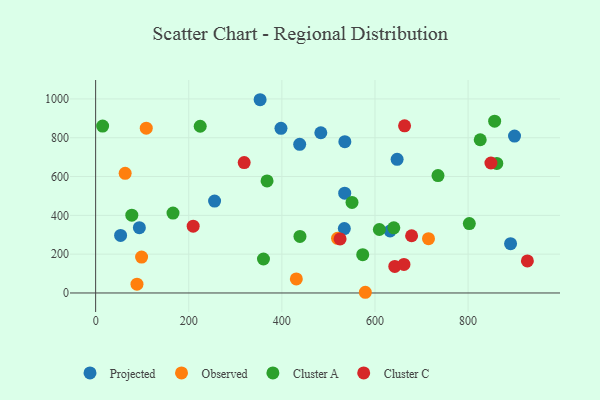
{"axis": {"x": "Experience", "y": "Salary"}, "legend": ["Cluster A", "Cluster C", "Observed", "Projected"], "data": [{"x": "535.0", "y": 514.1, "type": "Projected"}, {"x": "891.3", "y": 254.2, "type": "Projected"}, {"x": "438.3", "y": 766.0, "type": "Projected"}, {"x": "647.6", "y": 689.0, "type": "Projected"}, {"x": "398.1", "y": 848.7, "type": "Projected"}, {"x": "353.3", "y": 995.9, "type": "Projected"}, {"x": "535.3", "y": 779.5, "type": "Projected"}, {"x": "93.9", "y": 336.3, "type": "Projected"}, {"x": "632.5", "y": 319.4, "type": "Projected"}, {"x": "53.6", "y": 296.4, "type": "Projected"}, {"x": "534.2", "y": 332.1, "type": "Projected"}, {"x": "255.5", "y": 473.8, "type": "Projected"}, {"x": "483.7", "y": 825.8, "type": "Projected"}, {"x": "899.8", "y": 808.8, "type": "Projected"}, {"x": "579.3", "y": 3.6, "type": "Observed"}, {"x": "431.1", "y": 72.2, "type": "Observed"}, {"x": "715.0", "y": 280.0, "type": "Observed"}, {"x": "519.6", "y": 281.5, "type": "Observed"}, {"x": "108.7", "y": 849.2, "type": "Observed"}, {"x": "88.8", "y": 45.5, "type": "Observed"}, {"x": "98.7", "y": 185.2, "type": "Observed"}, {"x": "63.4", "y": 616.4, "type": "Observed"}, {"x": "360.5", "y": 175.0, "type": "Cluster A"}, {"x": "224.6", "y": 859.1, "type": "Cluster A"}, {"x": "735.4", "y": 604.8, "type": "Cluster A"}, {"x": "15.0", "y": 860.0, "type": "Cluster A"}, {"x": "368.2", "y": 577.5, "type": "Cluster A"}, {"x": "438.9", "y": 291.4, "type": "Cluster A"}, {"x": "802.7", "y": 357.4, "type": "Cluster A"}, {"x": "166.2", "y": 411.8, "type": "Cluster A"}, {"x": "857.1", "y": 885.3, "type": "Cluster A"}, {"x": "573.7", "y": 197.4, "type": "Cluster A"}, {"x": "609.4", "y": 327.0, "type": "Cluster A"}, {"x": "861.7", "y": 667.8, "type": "Cluster A"}, {"x": "640.5", "y": 335.6, "type": "Cluster A"}, {"x": "550.7", "y": 466.5, "type": "Cluster A"}, {"x": "826.1", "y": 789.6, "type": "Cluster A"}, {"x": "77.7", "y": 401.1, "type": "Cluster A"}, {"x": "319.1", "y": 671.8, "type": "Cluster C"}, {"x": "849.1", "y": 669.8, "type": "Cluster C"}, {"x": "642.6", "y": 136.8, "type": "Cluster C"}, {"x": "927.4", "y": 165.4, "type": "Cluster C"}, {"x": "663.6", "y": 861.4, "type": "Cluster C"}, {"x": "662.3", "y": 147.0, "type": "Cluster C"}, {"x": "678.7", "y": 294.8, "type": "Cluster C"}, {"x": "209.5", "y": 344.1, "type": "Cluster C"}, {"x": "525.1", "y": 278.5, "type": "Cluster C"}]}